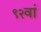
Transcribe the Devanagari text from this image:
९२वां